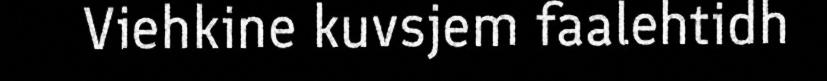
Viehkine kuvsjem faalehtidh